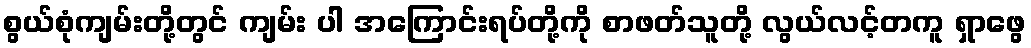
စွယ်စုံကျမ်းတို့တွင် ကျမ်း ပါ အကြောင်းရပ်တို့ကို စာဖတ်သူတို့ လွယ်လင့်တကူ ရှာဖွေ